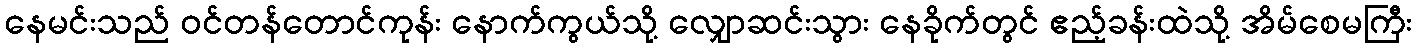
နေမင်းသည် ဝင်တန်တောင်ကုန်း နောက်ကွယ်သို့ လျှောဆင်းသွား နေခိုက်တွင် ဧည့်ခန်းထဲသို့ အိမ်စေမကြီး